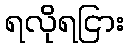
ရလိုရငြား